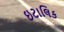
ઇટાલિક